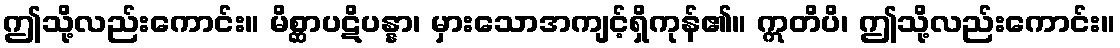
ဤသို့လည်းကောင်း။ မိစ္ဆာပဋိပန္နာ၊ မှားသောအကျင့်ရှိကုန်၏။ ဣတိပိ၊ ဤသို့လည်းကောင်း။